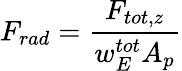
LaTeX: F_{rad}=\frac{F_{tot,z}}{w_{E}^{tot}A_{p}}